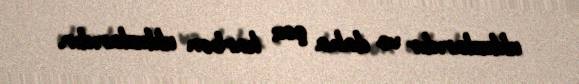
ulduzlarıdır və daha çox karbon ulduzlarıdır.